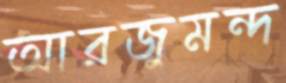
আরজুমন্দ